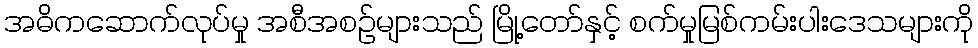
အဓိကဆောက်လုပ်မှု အစီအစဉ်များသည် မြို့တော်နှင့် စက်မှုမြစ်ကမ်းပါးဒေသများကို